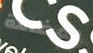
بفظاعة